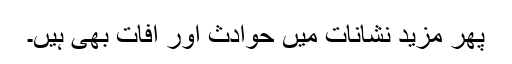
پھر مزید نشانات میں حوادث اور آفات بھی ہیں۔